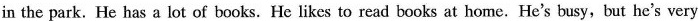
in the park. He has a lot of books. He likes to read books at home. He's busy, but he's very